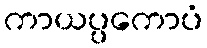
ကာယပ္ပကောပံ